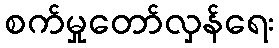
စက်မှုတော်လှန်ရေး